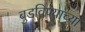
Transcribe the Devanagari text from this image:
बुडविण्याच्या